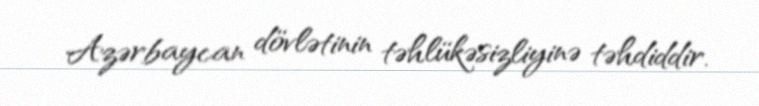
Azərbaycan dövlətinin təhlükəsizliyinə təhdiddir.